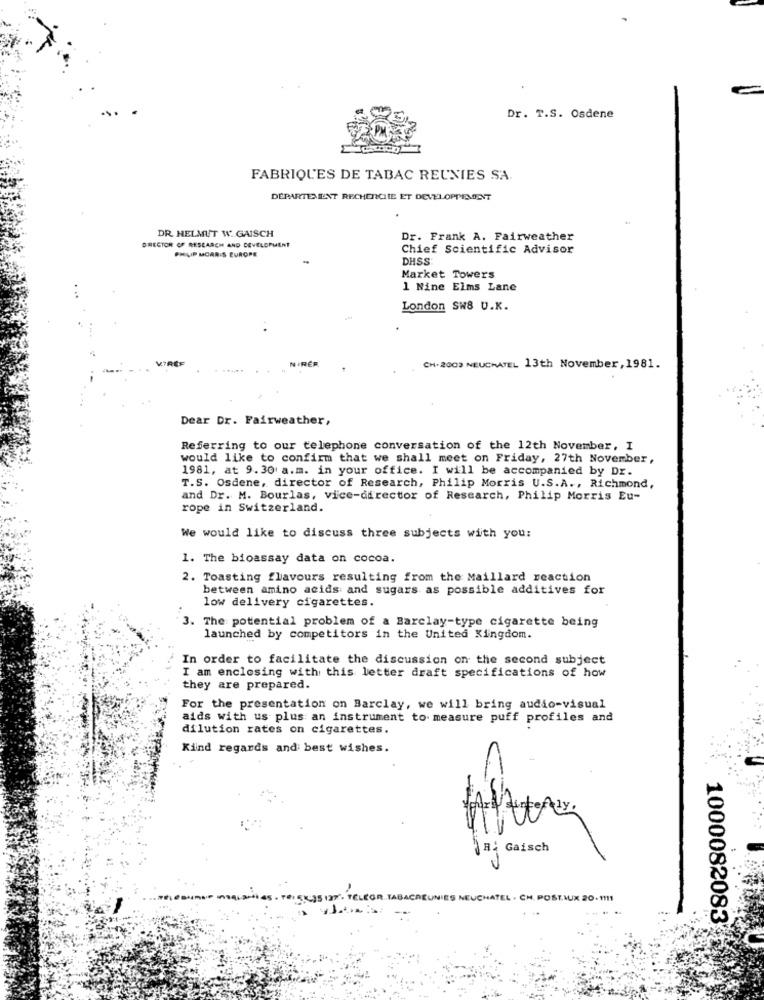
Dr. T.S. Osdene
FABRIQUES DE TABAC REUNIES SA.
DÉPARTEMENT RECHERCHE ET DEVELOPPEMENT
DR. HELMUT W.GAISCH
DIRECTOR OF RESEARCH AND DEVELOPMENT
Dr. Frank A. Fairweather
PHILIP MORRIS EUROPE
Chief Scientific Advisor
DHSS:
Market Towers
1 Nine Elms Lane
London SW8 U.K.
IREF.
CH.2003 NEUCHATEL 13th November, 1981.
Dear Dr. Fairweather,
Referring to our telephone conversation of the 12th November, I
would like to confirm that we shall meet on Friday, 27th November,
1981, at 9.30 a.m. in your office. I will be accompanied by Dr.
T.S. Osdene, director of Research, Philip Morris U.S.A ., Richmond,
and Dr. M. Bourlas, vice-director of Research, Philip Morris Eu-
rope in Switzerland.
We would like to discuss three subjects with you:
1. The bioassay data on cocoa.
2. Toasting flavours resulting from the Maillard reaction
between amino acids and sugars as possible additives for
low delivery cigarettes.
3. The potential problem of a Barclay-type cigarette being
launched by competitors in the United Kingdom.
In order to facilitate the discussion on the second subject
I am enclosing with this letter draft specifications of how
they are prepared.
For the presentation on Barclay, we will bring audio-visual
aids with us plus an instrument to measure puff profiles and
dilution rates on cigarettes.
Kind regards and best wishes.
R: Gaisch
-35 127'. TELEGR. TABACREUNIES NEUCHATEL . CH, POST.AUX 20.1111
1000082083